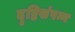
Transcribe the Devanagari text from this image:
दृष्टिसंपन्न